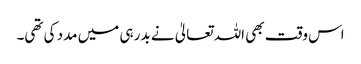
اس وقت بھی اللہ تعالیٰ نے بدر ہی میں مدد کی تھی۔